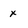
Character: x